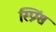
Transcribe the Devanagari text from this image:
स्प्रिंग्‍स